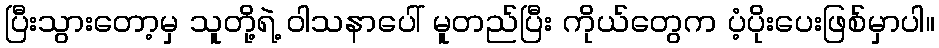
ပြီးသွားတော့မှ သူတို့ရဲ့ ဝါသနာပေါ် မူတည်ပြီး ကိုယ်တွေက ပံ့ပိုးပေးဖြစ်မှာပါ။